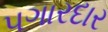
પગારદાર